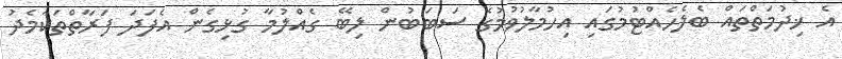
އެ ޚިދުމަތްތައް ބެލެހެއްޓުމުގައި އިހުމާލުވުމުގެ ސަބަބުން ލިބޭ ގެއްލުމާ ގުޅިގެން އެފަދަ ފަރާތްތަކާމެދު